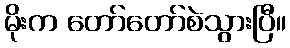
မိုးက တော်တော်စဲသွားပြီ။